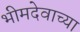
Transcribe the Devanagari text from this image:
भीमदेवाच्या